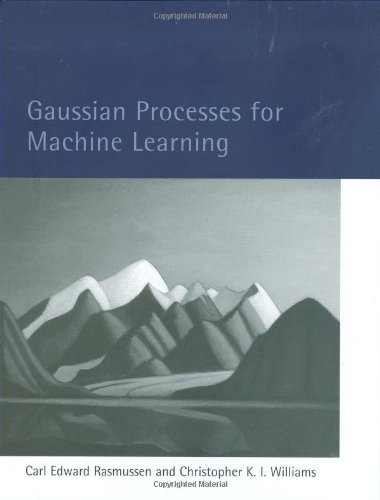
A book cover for Gaussian Processes for Machine Learning (Adaptive Computation and Machine Learning series); Carl Edward Rasmussen; Computers & Technology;